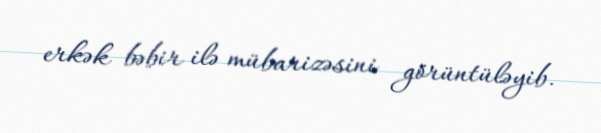
erkək bəbir ilə mübarizəsini görüntüləyib.